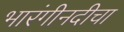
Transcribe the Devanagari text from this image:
भारंगीनदीचा